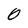
Character: 0